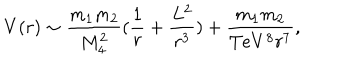
LaTeX: V ( r ) \sim \frac { m _ { 1 } m _ { 2 } } { M _ { 4 } ^ { 2 } } ( \frac { 1 } { r } + \frac { L ^ { 2 } } { r ^ { 3 } } ) + \frac { m _ { 1 } m _ { 2 } } { T e V ^ { 8 } r ^ { 7 } } ,